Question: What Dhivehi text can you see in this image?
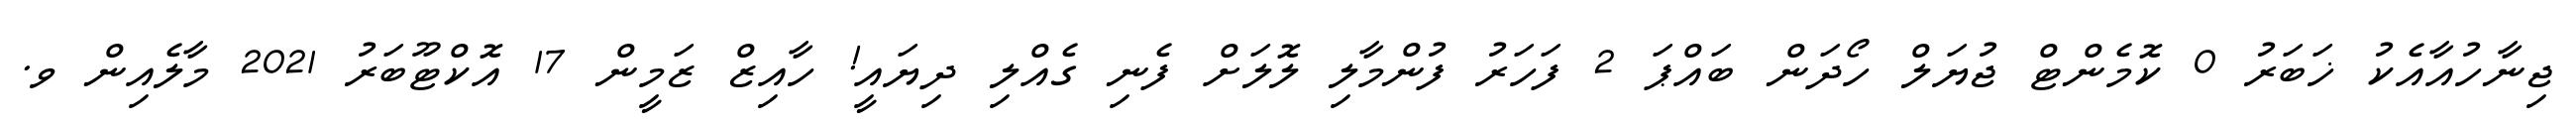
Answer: ޖިނާހުއާއެކު ޚަބަރު 0 ކޮމެންޓް ޖުޔަލް ހޯދަން ބައްޕަ 2 ފަހަރު ފުންމާލި ލޮލަށް ފެނި ގެއްލި ދިޔައީ! ހާއިޒް ޒަމީން 17 އޮކްޓޫބަރު 2021 މާލެއިން ވ.